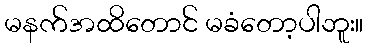
မနက်အထိတောင် မခံတော့ပါဘူး။